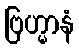
ဗြဟ္မာနံ